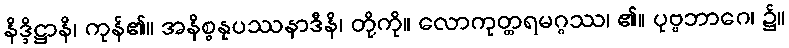
နိဒ္ဒိဋ္ဌာနိ၊ ကုန်၏။ အနိစ္စနုပဿနာဒီနိ၊ တို့ကို။ လောကုတ္တရမဂ္ဂဿ၊ ၏။ ပုဗ္ဗဘာဂေ၊ ၌။